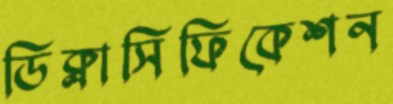
ডিক্লাসিফিকেশন